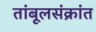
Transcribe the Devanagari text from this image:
तांबूलसंक्रांत